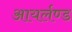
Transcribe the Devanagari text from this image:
आयर्लण्ड